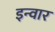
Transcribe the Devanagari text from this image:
इन्वार